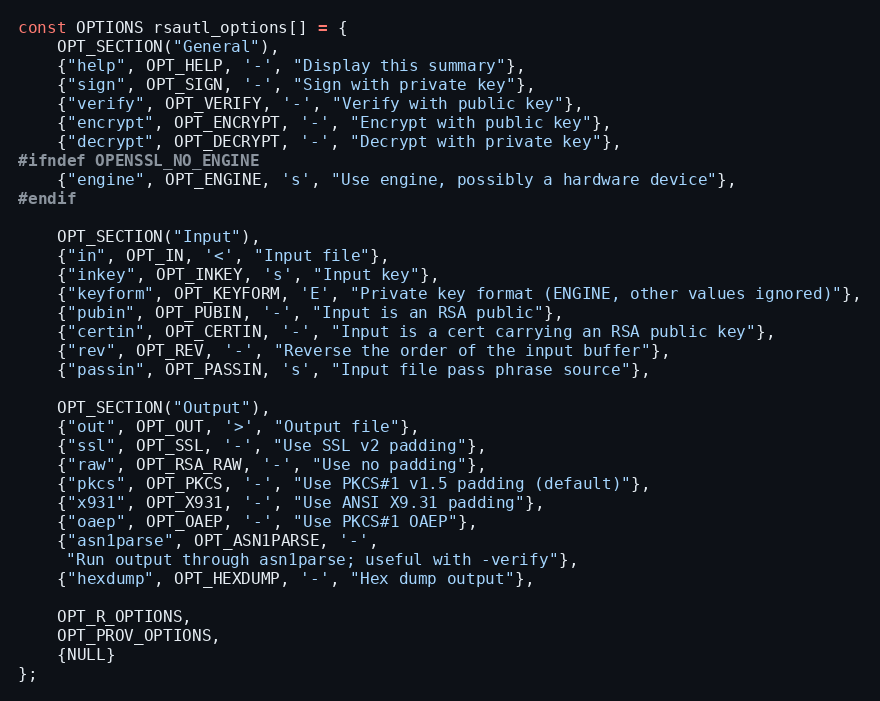
Language: C
const OPTIONS rsautl_options[] = {
    OPT_SECTION("General"),
    {"help", OPT_HELP, '-', "Display this summary"},
    {"sign", OPT_SIGN, '-', "Sign with private key"},
    {"verify", OPT_VERIFY, '-', "Verify with public key"},
    {"encrypt", OPT_ENCRYPT, '-', "Encrypt with public key"},
    {"decrypt", OPT_DECRYPT, '-', "Decrypt with private key"},
#ifndef OPENSSL_NO_ENGINE
    {"engine", OPT_ENGINE, 's', "Use engine, possibly a hardware device"},
#endif

    OPT_SECTION("Input"),
    {"in", OPT_IN, '<', "Input file"},
    {"inkey", OPT_INKEY, 's', "Input key"},
    {"keyform", OPT_KEYFORM, 'E', "Private key format (ENGINE, other values ignored)"},
    {"pubin", OPT_PUBIN, '-', "Input is an RSA public"},
    {"certin", OPT_CERTIN, '-', "Input is a cert carrying an RSA public key"},
    {"rev", OPT_REV, '-', "Reverse the order of the input buffer"},
    {"passin", OPT_PASSIN, 's', "Input file pass phrase source"},

    OPT_SECTION("Output"),
    {"out", OPT_OUT, '>', "Output file"},
    {"ssl", OPT_SSL, '-', "Use SSL v2 padding"},
    {"raw", OPT_RSA_RAW, '-', "Use no padding"},
    {"pkcs", OPT_PKCS, '-', "Use PKCS#1 v1.5 padding (default)"},
    {"x931", OPT_X931, '-', "Use ANSI X9.31 padding"},
    {"oaep", OPT_OAEP, '-', "Use PKCS#1 OAEP"},
    {"asn1parse", OPT_ASN1PARSE, '-',
     "Run output through asn1parse; useful with -verify"},
    {"hexdump", OPT_HEXDUMP, '-', "Hex dump output"},

    OPT_R_OPTIONS,
    OPT_PROV_OPTIONS,
    {NULL}
};